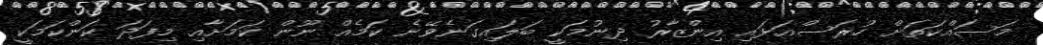
މަސައްކަތަށް ހުރަސްއަޅައި އިންޒާރު ދިނުމަކީ ބަލައިގަނެވޭނެ ކަމެއް ނޫން ކަމަށާއި މިފަދަ ކަންކަމަކީ